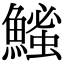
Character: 𫙵